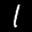
Label: 1